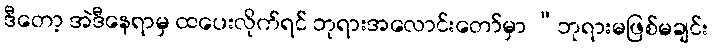
ဒီတော့ အဲဒီနေရာမှ ထပေးလိုက်ရင် ဘုရားအလောင်းတော်မှာ “ဘုရားမဖြစ်မချင်း